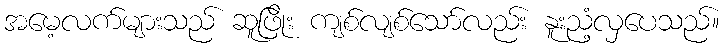
အမေ့လက်များသည် ဆူဖြိုး ကျစ်လျစ်သော်လည်း နူးညံ့လှပေသည်။